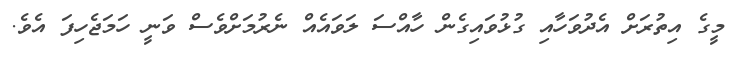
މީގެ އިތުރަށް އެދުވަހާއި ގުޅުވައިގެން ހާއްސަ ލަވައެއް ނެރުމަށްވެސް ވަނީ ހަމަޖެހިފަ އެވެ.